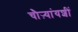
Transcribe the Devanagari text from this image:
चौऱ्यांयशीं